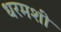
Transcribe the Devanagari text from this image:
धरमशी